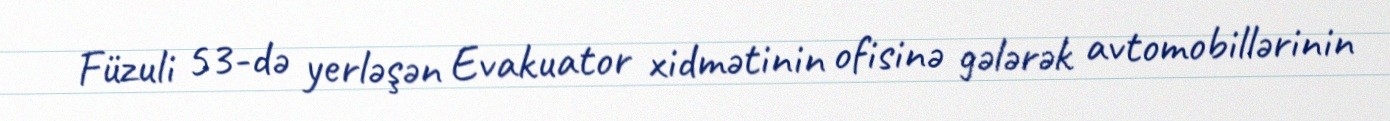
Füzuli 53-də yerləşən Evakuator xidmətinin ofisinə gələrək avtomobillərinin